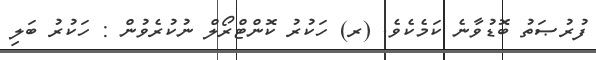
ފުރުޞަތު ބޮޑުވާނެ ކަމެކެވެ. (ރ) ހަކުރު ކޮންޓްރޯލް ނުކުރެވުން : ހަކުރު ބަލި